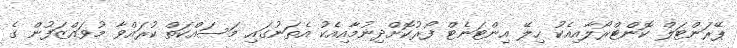
ޕޭރަންޓަލް ކޮންޓްރޯލާއިއެކު ހިލޭ އިންޓަނެޓް ފޯރުކޮށްދިނުމާއިއެކު އެތަނުގައި މަސައްކަތް ކުރައްވާ މުވައްޒަފުން ގެ